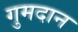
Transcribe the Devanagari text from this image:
गुमदान